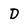
Character: D